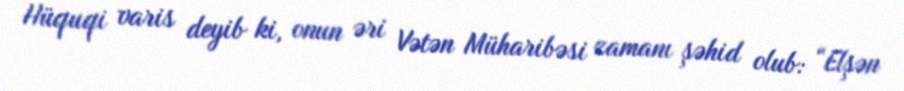
Hüquqi varis deyib ki, onun əri Vətən Müharibəsi zamanı şəhid olub: “Elşən